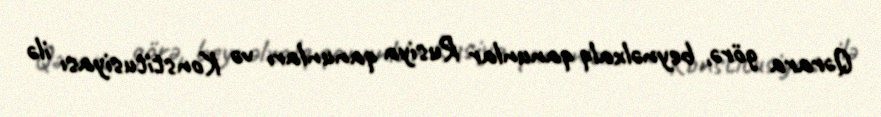
Qərara görə, beynəlxalq qanunlar Rusiya qanunları və Konstitusiyası ilə